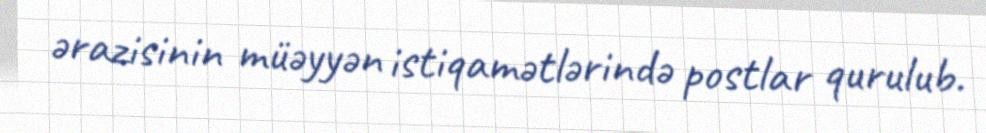
ərazisinin müəyyən istiqamətlərində postlar qurulub.